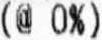
(@ 0%)